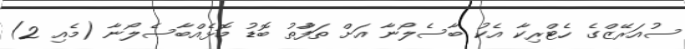
ސުއަރޭޒްގެ ހެޓްރިކާ އެކު ބާސެލޯނާ އަށް ތަފާުތު ބޮޑު މޮޅެއްބާސެލޯނާ (މެއި 2)